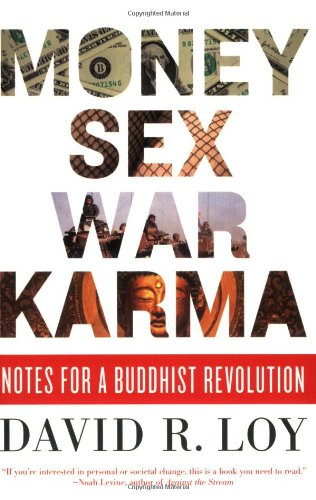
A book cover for Money, Sex, War, Karma: Notes for a Buddhist Revolution; David R. Loy; Religion & Spirituality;